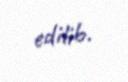
edilib.